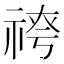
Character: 𥚓